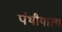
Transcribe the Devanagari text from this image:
पंथीयाला